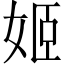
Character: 姬